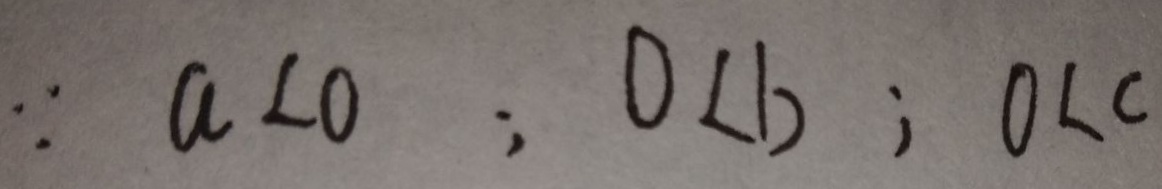
\because a < 0 ; 0 < b ; 0 < c